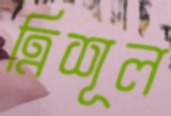
ত্রিশূল